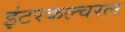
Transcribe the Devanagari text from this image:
इंटरकल्चरल